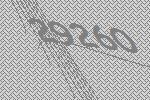
29260